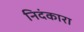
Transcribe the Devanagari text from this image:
निदंकारा